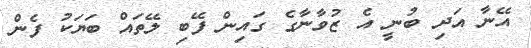
އޭނާ އަދި ބުނީ އެ ޒުވާނާގެ ގައިން ފޭބި ލޭތައް ބަޔަކު ފެން